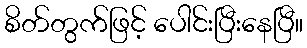
စိတ်တွက်ဖြင့် ပေါင်းပြီးနေပြီ။